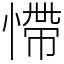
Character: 㦅